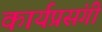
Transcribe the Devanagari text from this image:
कार्यप्रसंगी